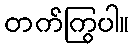
တက်ကြွပါ။